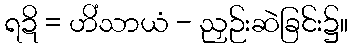
ရဍိ = ဟိံသာယံ - ညှဉ်းဆဲခြင်း၌။